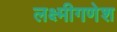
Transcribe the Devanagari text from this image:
लक्ष्मीगणेश